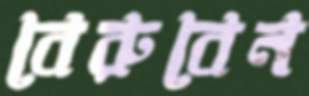
বেরুবেন